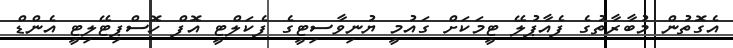
އެގޮތުން މުބާރާތުގެ ފެއާޕުލޭ ޓީމަކަށް ގައުމީ ޔުނިވާސިޓީގެ ފެކަލްޓީ އޮފް ހޮސްޕިޓޭލިޓީ އެންޑް